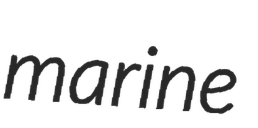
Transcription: marine